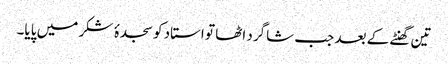
تین گھنٹے کے بعد جب شاگرد اٹھا تو استاد کو سجدۂ شکر میں پایا۔